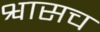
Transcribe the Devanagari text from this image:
श्वासच